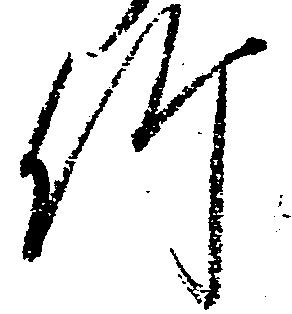
竹